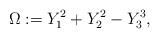
LaTeX: \begin{align*}\Omega:=Y_1^2+Y_2^2-Y_3^3,\end{align*}